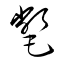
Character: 氅